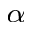
_ \alpha